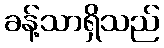
ခန့်သာရှိသည်